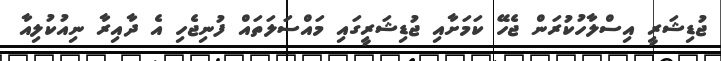
ޖުޑިޝަރީ އިސްލާހުކުރަން ޖެހޭ ކަމަށާއި ޖުޑިޝަރީގައި މައްސަލަތައް ފުނިޖެހި އެ ދާއިރާ ނިއުކުލިއާ